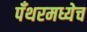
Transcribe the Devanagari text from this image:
पँथरमध्येच